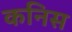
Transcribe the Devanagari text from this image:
कनिस